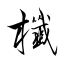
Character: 櫼